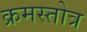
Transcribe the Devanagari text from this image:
क्रमस्तोत्र